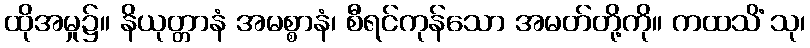
ထိုအမှု၌။ နိယုတ္တာနံ အမစ္စာနံ၊ စီရင်ကုန်သော အမတ်တို့ကို။ ကထသိံ သု၊